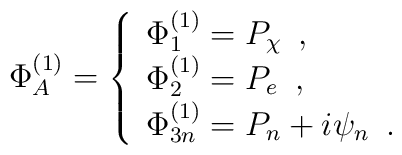
\Phi_A^{(1)}=\left\{\begin{array}{l}\Phi_1^{(1)}= P_\chi\,\,\,, \\\Phi_2^{(1)}= P_e\,\,\,, \\\Phi_{3n}^{(1)}= P_n +i\psi_n\,\,\,.\end{array}\right.